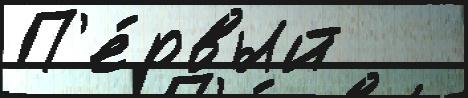
П'е́рвый